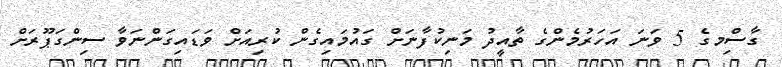
ގާސިްމގެ 5 ވަނަ އަހަރުމެންގެ ތާއީދު މަނިކުފާނަށް ގައުމައިގެން ކުރިއަށް ވަޑައިގަންނަވާ ސިންގަޕޫރަށް